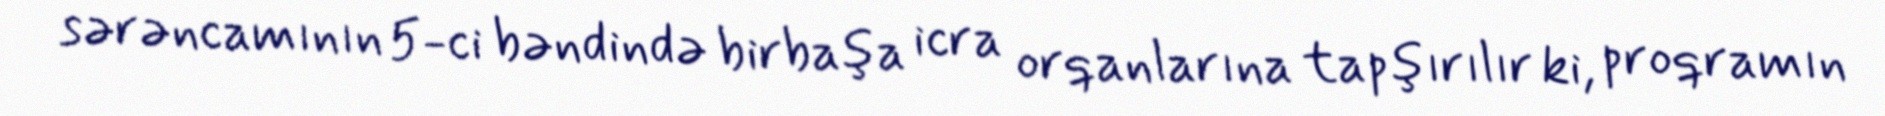
sərəncamının 5-ci bəndində birbaşa icra orqanlarına tapşırılır ki, proqramın